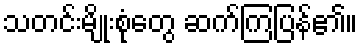
သတင်းမျိုးစုံတွေ ဆက်ကြပြန်၏။